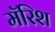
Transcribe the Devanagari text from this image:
मॅरिश